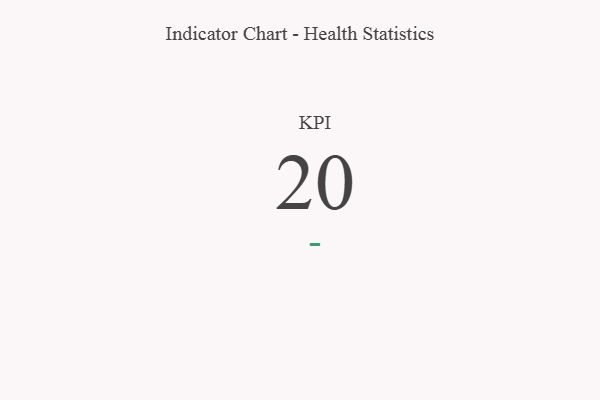
{"axis": {"x": "KPI", "y": "Value"}, "legend": [""], "data": [{"x": "KPI", "y": 20, "type": ""}]}